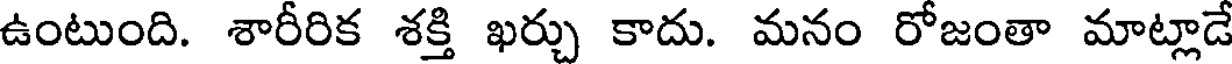
ఉంటుంది. శారీరిక శక్తి ఖర్చు కాదు. మనం రోజంతా మాట్లాడే